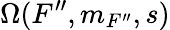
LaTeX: \Omega(F^{\prime\prime},m_{F^{\prime\prime}},s)